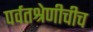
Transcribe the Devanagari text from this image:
पर्वतश्रेणीचीच